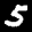
Label: 5